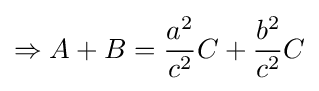
\Rightarrow A+B={\frac {a^{2}}{c^{2}}}C+{\frac {b^{2}}{c^{2}}}C